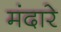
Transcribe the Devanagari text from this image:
मंदारे